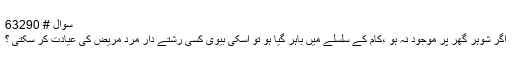
سوال # 63290
اگر شوہر گھر پر موجود نہ ہو ،کام کے سلسلے میں باہر گیا ہو تو اسکی بیوی کسی رشتے دار مرد مریض کی عیادت کر سکتی ؟